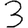
Digit: 3